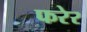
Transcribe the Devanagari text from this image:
फरेर